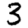
Digit: 3